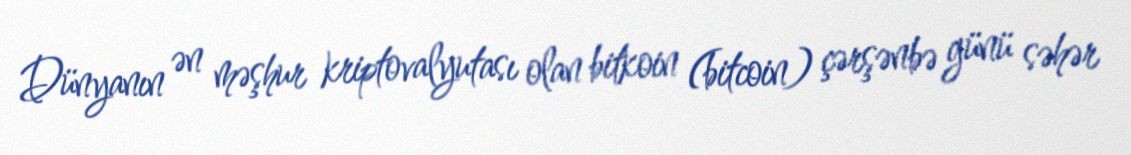
Dünyanın ən məşhur kriptovalyutası olan bitkoin (bitcoin) çərşənbə günü səhər